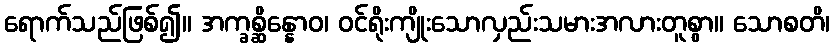
ရောက်သည်ဖြစ်၍။ အက္ခစ္ဆိန္နောဝ၊ ဝင်ရိုးကျိုးသောလှည်းသမားအလားတူစွာ။ သောစတိ၊